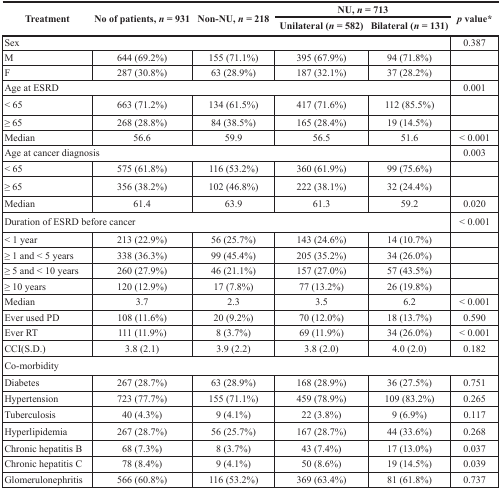
<table><thead><tr><td rowspan="2"><b>Treatment</b></td><td rowspan="2"><b>No of patients, <i>n</i> = 931</b></td><td rowspan="2"><b>Non-NU, <i>n</i> = 218</b></td><td colspan="2"><b>NU, <i>n</i> = 713</b></td><td rowspan="2"><b><i>p</i> value*</b></td></tr><tr><td><b>Unilateral (<i>n</i> = 582)</b></td><td><b>Bilateral (<i>n</i> = 131)</b></td></tr></thead><tbody><tr><td colspan="5">Sex</td><td>0.387</td></tr><tr><td>M</td><td>644 (69.2%)</td><td>155 (71.1%)</td><td>395 (67.9%)</td><td>94 (71.8%)</td><td></td></tr><tr><td>F</td><td>287 (30.8%)</td><td>63 (28.9%)</td><td>187 (32.1%)</td><td>37 (28.2%)</td><td></td></tr><tr><td colspan="5">Age at ESRD</td><td>0.001</td></tr><tr><td>&lt; 65</td><td>663 (71.2%)</td><td>134 (61.5%)</td><td>417 (71.6%)</td><td>112 (85.5%)</td><td></td></tr><tr><td>≥ 65</td><td>268 (28.8%)</td><td>84 (38.5%)</td><td>165 (28.4%)</td><td>19 (14.5%)</td><td></td></tr><tr><td>Median</td><td>56.6</td><td>59.9</td><td>56.5</td><td>51.6</td><td>&lt; 0.001</td></tr><tr><td colspan="5">Age at cancer diagnosis</td><td>0.003</td></tr><tr><td>&lt; 65</td><td>575 (61.8%)</td><td>116 (53.2%)</td><td>360 (61.9%)</td><td>99 (75.6%)</td><td></td></tr><tr><td>≥ 65</td><td>356 (38.2%)</td><td>102 (46.8%)</td><td>222 (38.1%)</td><td>32 (24.4%)</td><td></td></tr><tr><td>Median</td><td>61.4</td><td>63.9</td><td>61.3</td><td>59.2</td><td>0.020</td></tr><tr><td colspan="5">Duration of ESRD before cancer</td><td>&lt; 0.001</td></tr><tr><td>&lt; 1 year</td><td>213 (22.9%)</td><td>56 (25.7%)</td><td>143 (24.6%)</td><td>14 (10.7%)</td><td></td></tr><tr><td>≥ 1 and &lt; 5 years</td><td>338 (36.3%)</td><td>99 (45.4%)</td><td>205 (35.2%)</td><td>34 (26.0%)</td><td></td></tr><tr><td>≥ 5 and &lt; 10 years</td><td>260 (27.9%)</td><td>46 (21.1%)</td><td>157 (27.0%)</td><td>57 (43.5%)</td><td></td></tr><tr><td>≥ 10 years</td><td>120 (12.9%)</td><td>17 (7.8%)</td><td>77 (13.2%)</td><td>26 (19.8%)</td><td></td></tr><tr><td>Median</td><td>3.7</td><td>2.3</td><td>3.5</td><td>6.2</td><td>&lt; 0.001</td></tr><tr><td>Ever used PD</td><td>108 (11.6%)</td><td>20 (9.2%)</td><td>70 (12.0%)</td><td>18 (13.7%)</td><td>0.590</td></tr><tr><td>Ever RT</td><td>111 (11.9%)</td><td>8 (3.7%)</td><td>69 (11.9%)</td><td>34 (26.0%)</td><td>&lt; 0.001</td></tr><tr><td>CCI(S.D.)</td><td>3.8 (2.1)</td><td>3.9 (2.2)</td><td>3.8 (2.0)</td><td>4.0 (2.0)</td><td>0.182</td></tr><tr><td colspan="6">Co-morbidity</td></tr><tr><td>Diabetes</td><td>267 (28.7%)</td><td>63 (28.9%)</td><td>168 (28.9%)</td><td>36 (27.5%)</td><td>0.751</td></tr><tr><td>Hypertension</td><td>723 (77.7%)</td><td>155 (71.1%)</td><td>459 (78.9%)</td><td>109 (83.2%)</td><td>0.265</td></tr><tr><td>Tuberculosis</td><td>40 (4.3%)</td><td>9 (4.1%)</td><td>22 (3.8%)</td><td>9 (6.9%)</td><td>0.117</td></tr><tr><td>Hyperlipidemia</td><td>267 (28.7%)</td><td>56 (25.7%)</td><td>167 (28.7%)</td><td>44 (33.6%)</td><td>0.268</td></tr><tr><td>Chronic hepatitis B</td><td>68 (7.3%)</td><td>8 (3.7%)</td><td>43 (7.4%)</td><td>17 (13.0%)</td><td>0.037</td></tr><tr><td>Chronic hepatitis C</td><td>78 (8.4%)</td><td>9 (4.1%)</td><td>50 (8.6%)</td><td>19 (14.5%)</td><td>0.039</td></tr><tr><td>Glomerulonephritis</td><td>566 (60.8%)</td><td>116 (53.2%)</td><td>369 (63.4%)</td><td>81 (61.8%)</td><td>0.737</td></tr></tbody></table>